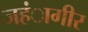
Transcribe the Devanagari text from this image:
जहंागीर